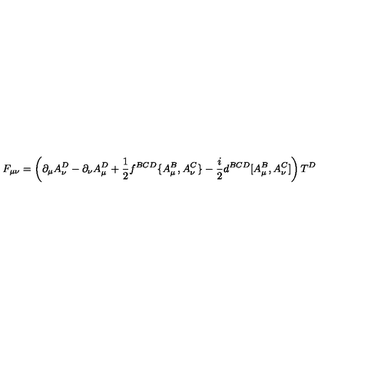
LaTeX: F _ { \mu \nu } = \left( \partial _ { \mu } A _ { \nu } ^ { D } - \partial _ { \nu } A _ { \mu } ^ { D } + { \frac { 1 } { 2 } } f ^ { B C D } \{ A _ { \mu } ^ { B } , A _ { \nu } ^ { C } \} - { \frac { i } { 2 } } d ^ { B C D } [ A _ { \mu } ^ { B } , A _ { \nu } ^ { C } ] \right) T ^ { D }